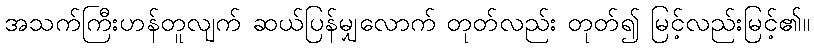
အသက်ကြီးဟန်တူလျက် ဆယ်ပြန်မျှလောက် တုတ်လည်း တုတ်၍ မြင့်လည်းမြင့်၏။